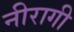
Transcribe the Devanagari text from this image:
नीरागी